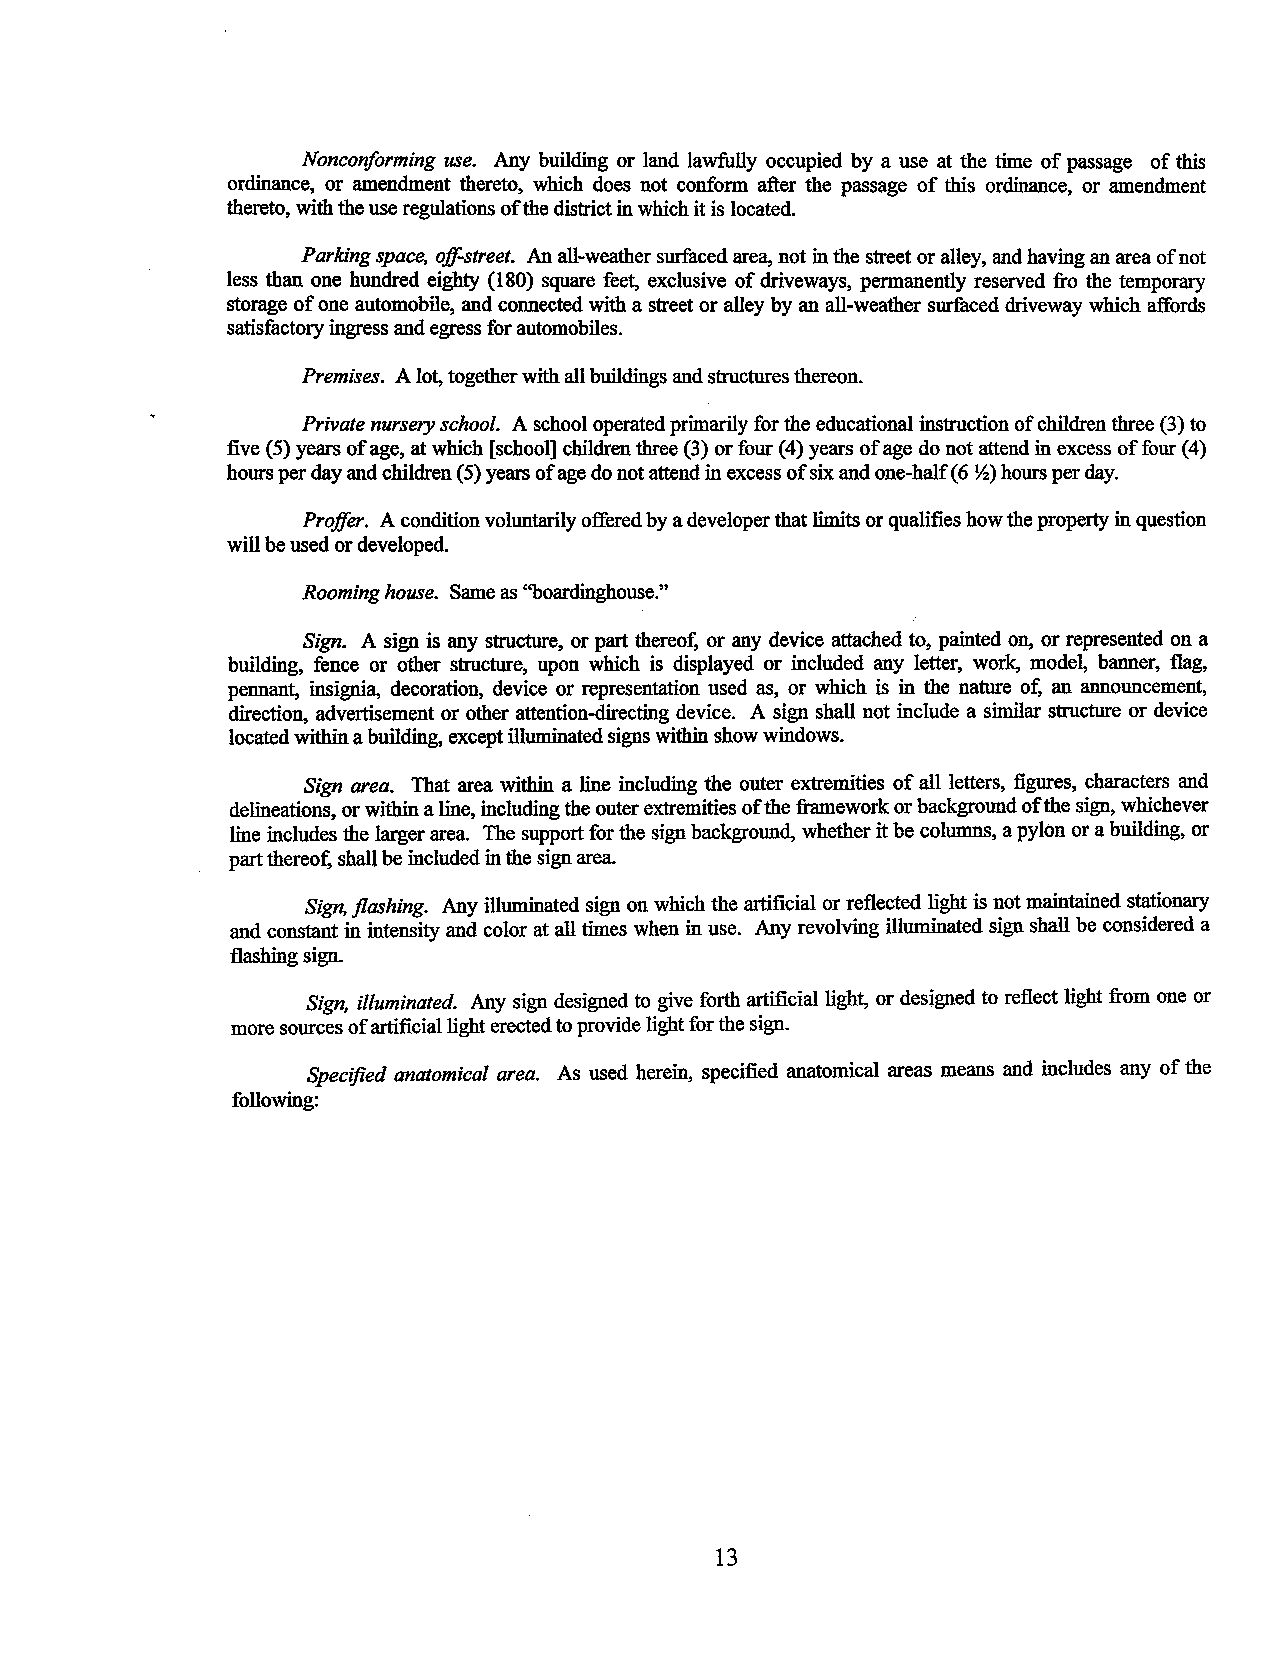
Noncoriforming use. Any building or land lawfully occupied by a use at the time of passage of this
 ordinance, or amendment thereto, which does not conform after the passage of this ordinance, or amendment
 thereto, with the use regulations of the district in which it is located.
 Parking space, off-street. An all-weather surfaced area, not in the street or alley, and having an area of not
 less than one hundred eighty (180) square feet, exclusive of driveways, permanently reserved :fro the temporary
 storage of one automobile, and connected with a street or alley by an all-weather surfaced driveway which affords
 satisfactory ingress and egress for automobiles.
 Premises. A lot, together with all buildings and structures thereon.
 Private nursery school. A school operated primarily for the educational instruction of children three (3) to
 five (5) years of age, at which [school] children three (3) or four (4) years of age do not attend in excess of four (4)
 hours per day and children (5) years of age do not attend in excess of six and one-half(6 ~)hours per day.
 Proffer. A condition voluntarily offered by a developer that limits or qualifies how the property in question
 will be used or developed.
 Rooming house. Same as ''boardinghouse."
 Sign. A sign is any structure, or part thereo~ or any device attached to, painted on, or represented on a
 building, fence or other structure, upon which is displayed or included any letter, work, model, banner, flag,
 pennant, insignia, decoration, device or representation used as, or which is in the nature o~ an announcement,
 direction, advertisement or other attention-directing device. A sign shall not include a similar structure or device
 located within a building, except illuminated signs within show windows.
 Sign area. That area within a line including the outer extremities of all letters, figures, characters and
 delineations, or within a line, including the outer extremities of the :framework or background of the sign, whichever
 line includes the larger area. The support for the sign background, whether it be columns, a pylon or a building, or
 part thereo~ shall be included in the sign area.
 Sign. flashing. Any illuminated sign on which the artificial or reflected light is not maintained stationary
 and constant in intensity and color at all times when in use. Any revolving illuminated sign shall be considered a
 flashing sign.
 Sign. illuminated. Any sign designed to give forth artificial light, or designed to reflect light :from one or
 more sources of artificial light erected to provide light for the sign.
 Specified anatomical area. As used herein, specified anatomical areas means and includes any of the
 following:
 13